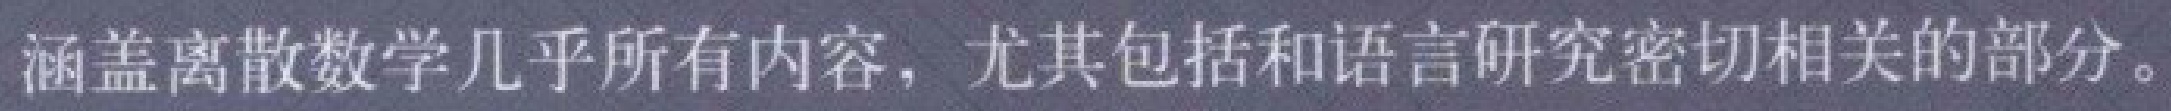
涵盖离散数学几乎所有内容，尤其包括和语言研究密切相关的部分。